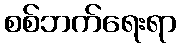
စစ်ဘက်ရေးရာ